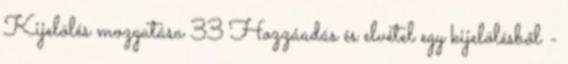
Kijelölés mozgatása 33 Hozzáadás és elvétel egy kijelölésből -